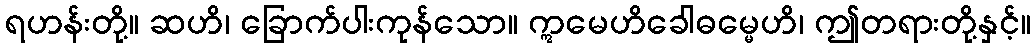
ရဟန်းတို့။ ဆဟိ၊ ခြောက်ပါးကုန်သော။ ဣမေဟိခေါဓမ္မေဟိ၊ ဤတရားတို့နှင့်။